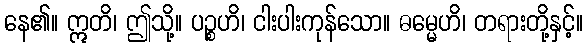
နေ၏။ ဣတိ၊ ဤသို့။ ပဉ္စဟိ၊ ငါးပါးကုန်သော။ ဓမ္မေဟိ၊ တရားတို့နှင့်။